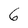
Character: 6